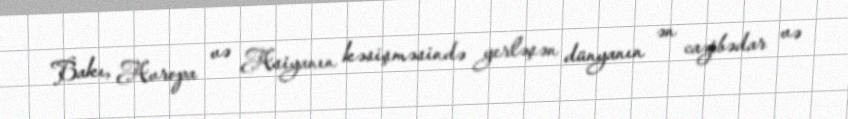
Bakı, Avropa və Asiyanın kəsişməsində yerləşən dünyanın ən cazibədar və